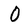
Character: 0